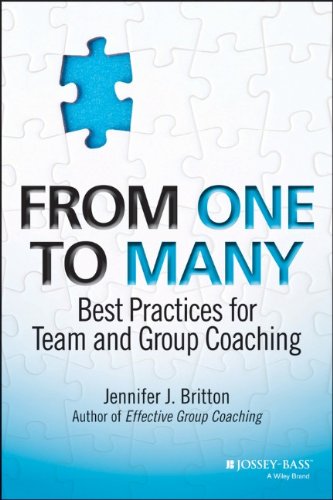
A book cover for From One to Many: Best Practices for Team and Group Coaching; Jennifer J. Britton; Business & Money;